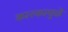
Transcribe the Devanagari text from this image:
कारकामुळे